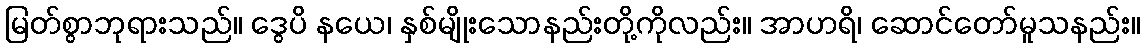
မြတ်စွာဘုရားသည်။ ဒွေပိ နယေ၊ နှစ်မျိုးသောနည်းတို့ကိုလည်း။ အာဟရိ၊ ဆောင်တော်မူသနည်း။